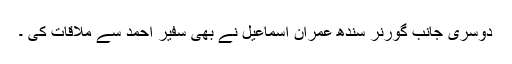
دوسری جانب گورنر سندھ عمران اسماعیل نے بھی سفیر احمد سے ملاقات کی ۔